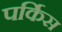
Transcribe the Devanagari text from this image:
पर्किस